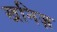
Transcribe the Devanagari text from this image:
खनिज़